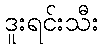
ဒူးရင်းသီး